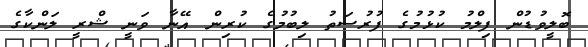
ބޮލީވުޑުން ފިލްމު ކުޅުމުގެ ފުރުސަތު ލިބުމުގެ ކުރިން އޭނާ ވަނީ ޝްރީ ލަންކާގެ